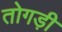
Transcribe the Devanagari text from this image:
तोगड़ी